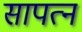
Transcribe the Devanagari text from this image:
सापत्‍न